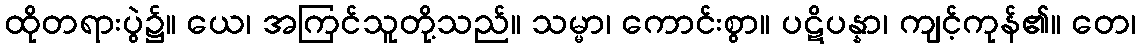
ထိုတရားပွဲ၌။ ယေ၊ အကြင်သူတို့သည်။ သမ္မာ၊ ကောင်းစွာ။ ပဋိပန္နာ၊ ကျင့်ကုန်၏။ တေ၊